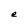
Character: e